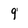
Character: 9